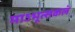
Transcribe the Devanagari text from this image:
माऽभूत्सकलं